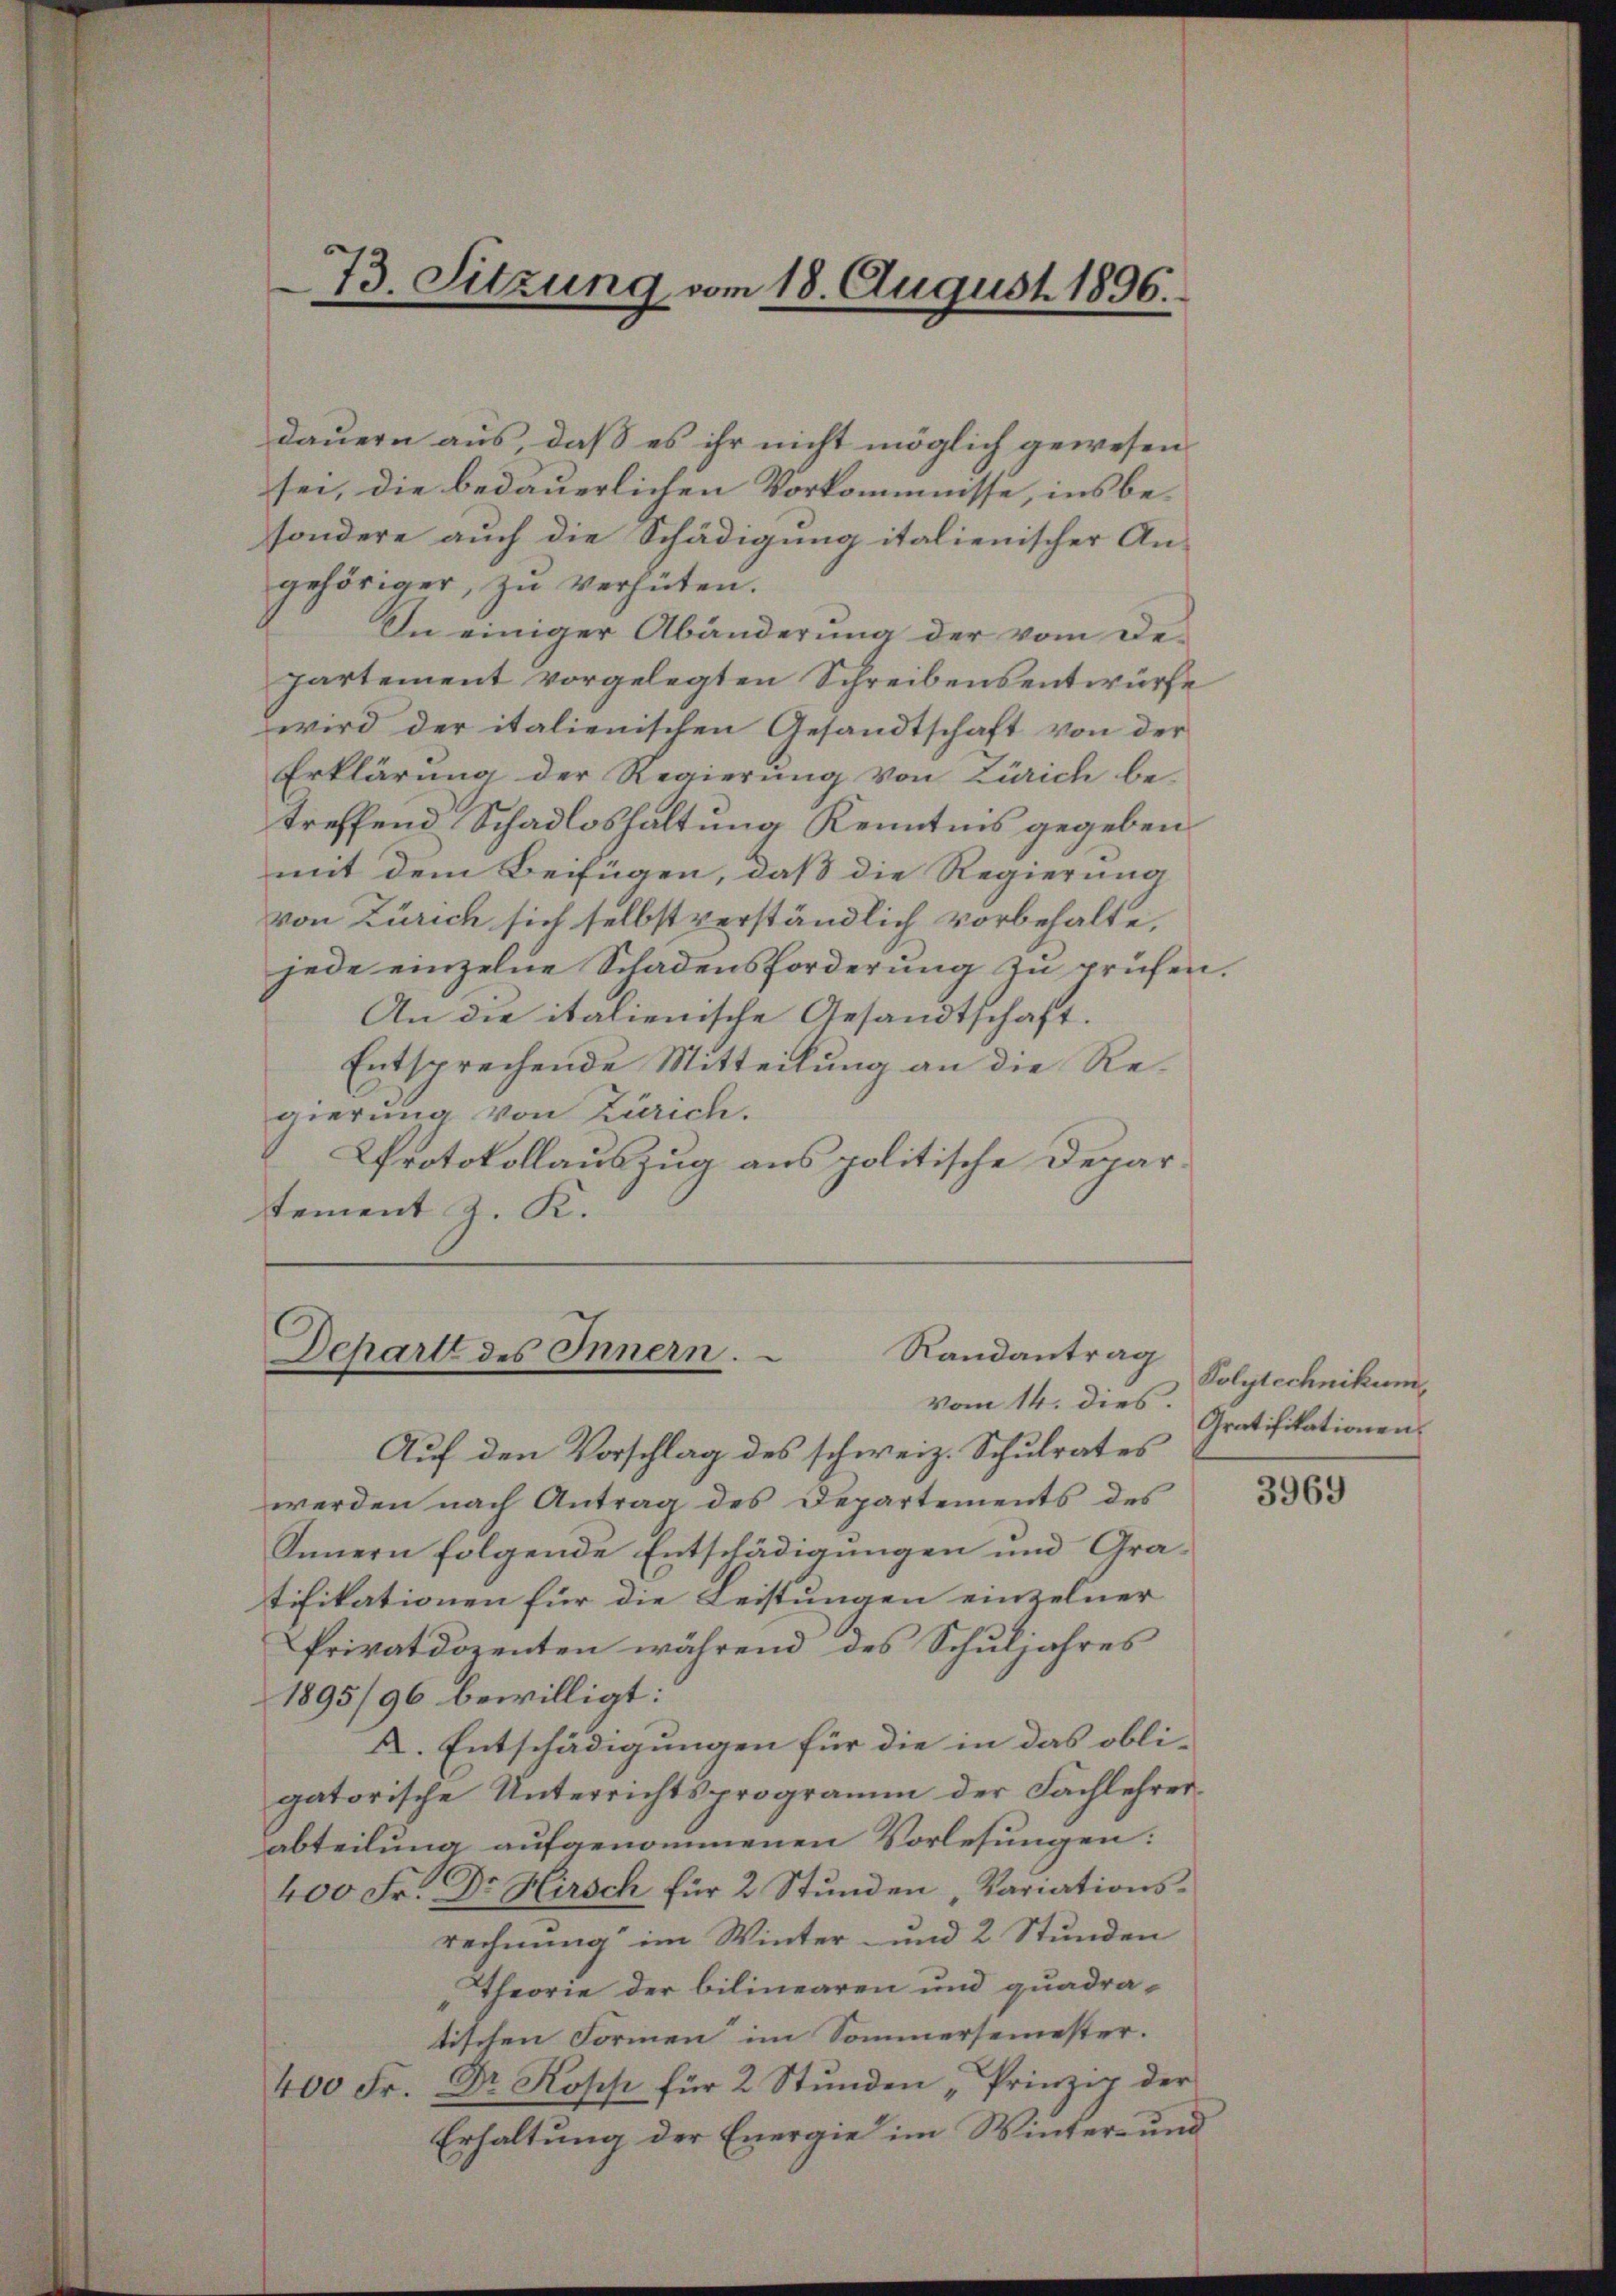
73. Sitzung vom 18. August 1896.

dauern aus, daß es ihr nicht möglich gewesen
sei, die bedauerlichen Vorkommnisse, ins be-
sondere auch die Schädigung italienischer An-
gehöriger, zu verhüten.
In einiger Abänderung der vom ede
partement vorgelegten Schreibensentwürfe
wird der italienischen Gesandtschaft von der
Erklärung der Regierung von Zürich be-
treffend Schadloshaltung Kenntnis gegeben.
mit dem Beifügen, daß die Regierung
von Zürich sich selbst verständlich vorbehalte,
jede einzelne Schadensforderŭng zŭ prüfen.
An die italienische Gesandtschaft.
Entsprechende Mitteilung an die Regierung von Zürich.
Protokollauszug aus politische Departement J. K.

Schart des Innern. Randantrag
vom 14. dies.

Auf den Vorschlag des schweiz. Schulrates
werden nach Antrag des Departements des
Innern folgende Entschädigungen und Gratifikationen für die Leistungen einzelner
Privatdozenten während des Schuljahres
1895/96 bewilligt:
X. Entschädigungen für die in das obli-
gatorische Unterrichtsprogramm der Fachlehrerabteilung aufgenommenen Vorlesungen:
400 Fr. Dr Hirsch für 2 Stunden, Variationsrechnung im Winter- und 2 Stunden
„Theorie der bilinearen und quadra-
tischen Formen im Sommersemester.
400 Fr. Dr Kopp für 2 Stŭnden „Prinzip der
Erhaltung der Energie im Winter- und

Polytechnikum
Gratifikationen.

3969